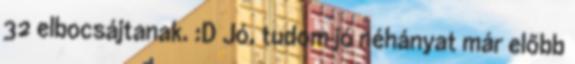
32 elbocsájtanak. :D Jó, tudom jó néhányat már előbb